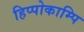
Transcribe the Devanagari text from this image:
हिप्पोकाम्पि